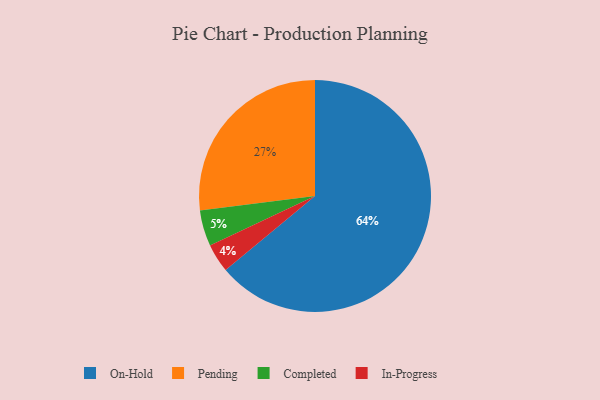
{"axis": {"x": "Category", "y": "Percentage"}, "legend": ["Completed", "In-Progress", "On-Hold", "Pending"], "data": [{"x": "Completed", "y": 5, "type": "Completed"}, {"x": "Pending", "y": 27, "type": "Pending"}, {"x": "On-Hold", "y": 64, "type": "On-Hold"}, {"x": "In-Progress", "y": 4, "type": "In-Progress"}]}